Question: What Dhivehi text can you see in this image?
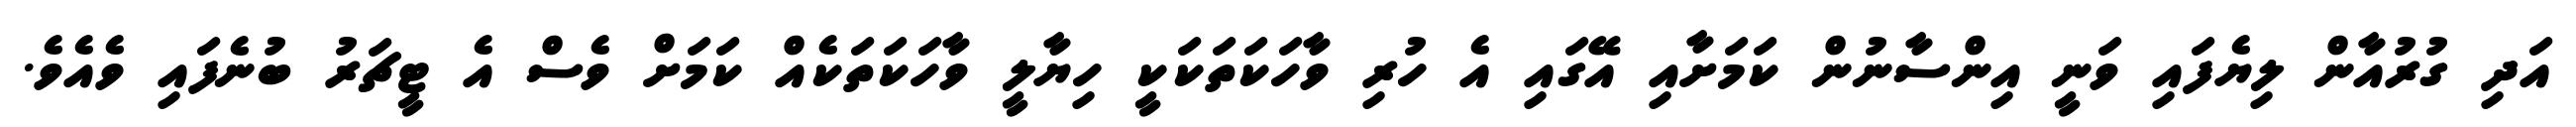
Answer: އަދި ގުރުއާން ލިޔެފައި ވަނީ އިންސާނުން ކަމަށާއި އޭގައި އެ ހުރި ވާހަކަތަކަކީ ހިޔާލީ ވާހަކަތަކެއް ކަމަށް ވެސް އެ ޓީޗަރު ބުނެފައި ވެއެވެ.